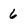
Character: 6